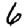
Digit: 6